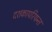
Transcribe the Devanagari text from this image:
दशकापरियन्त